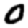
Digit: 0